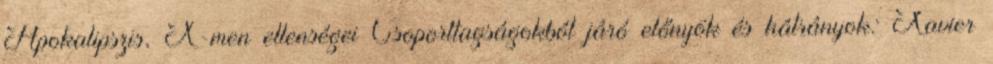
Apokalipszis, X-men ellenségei Csoporttagságokból járó előnyök és hátrányok: Xavier